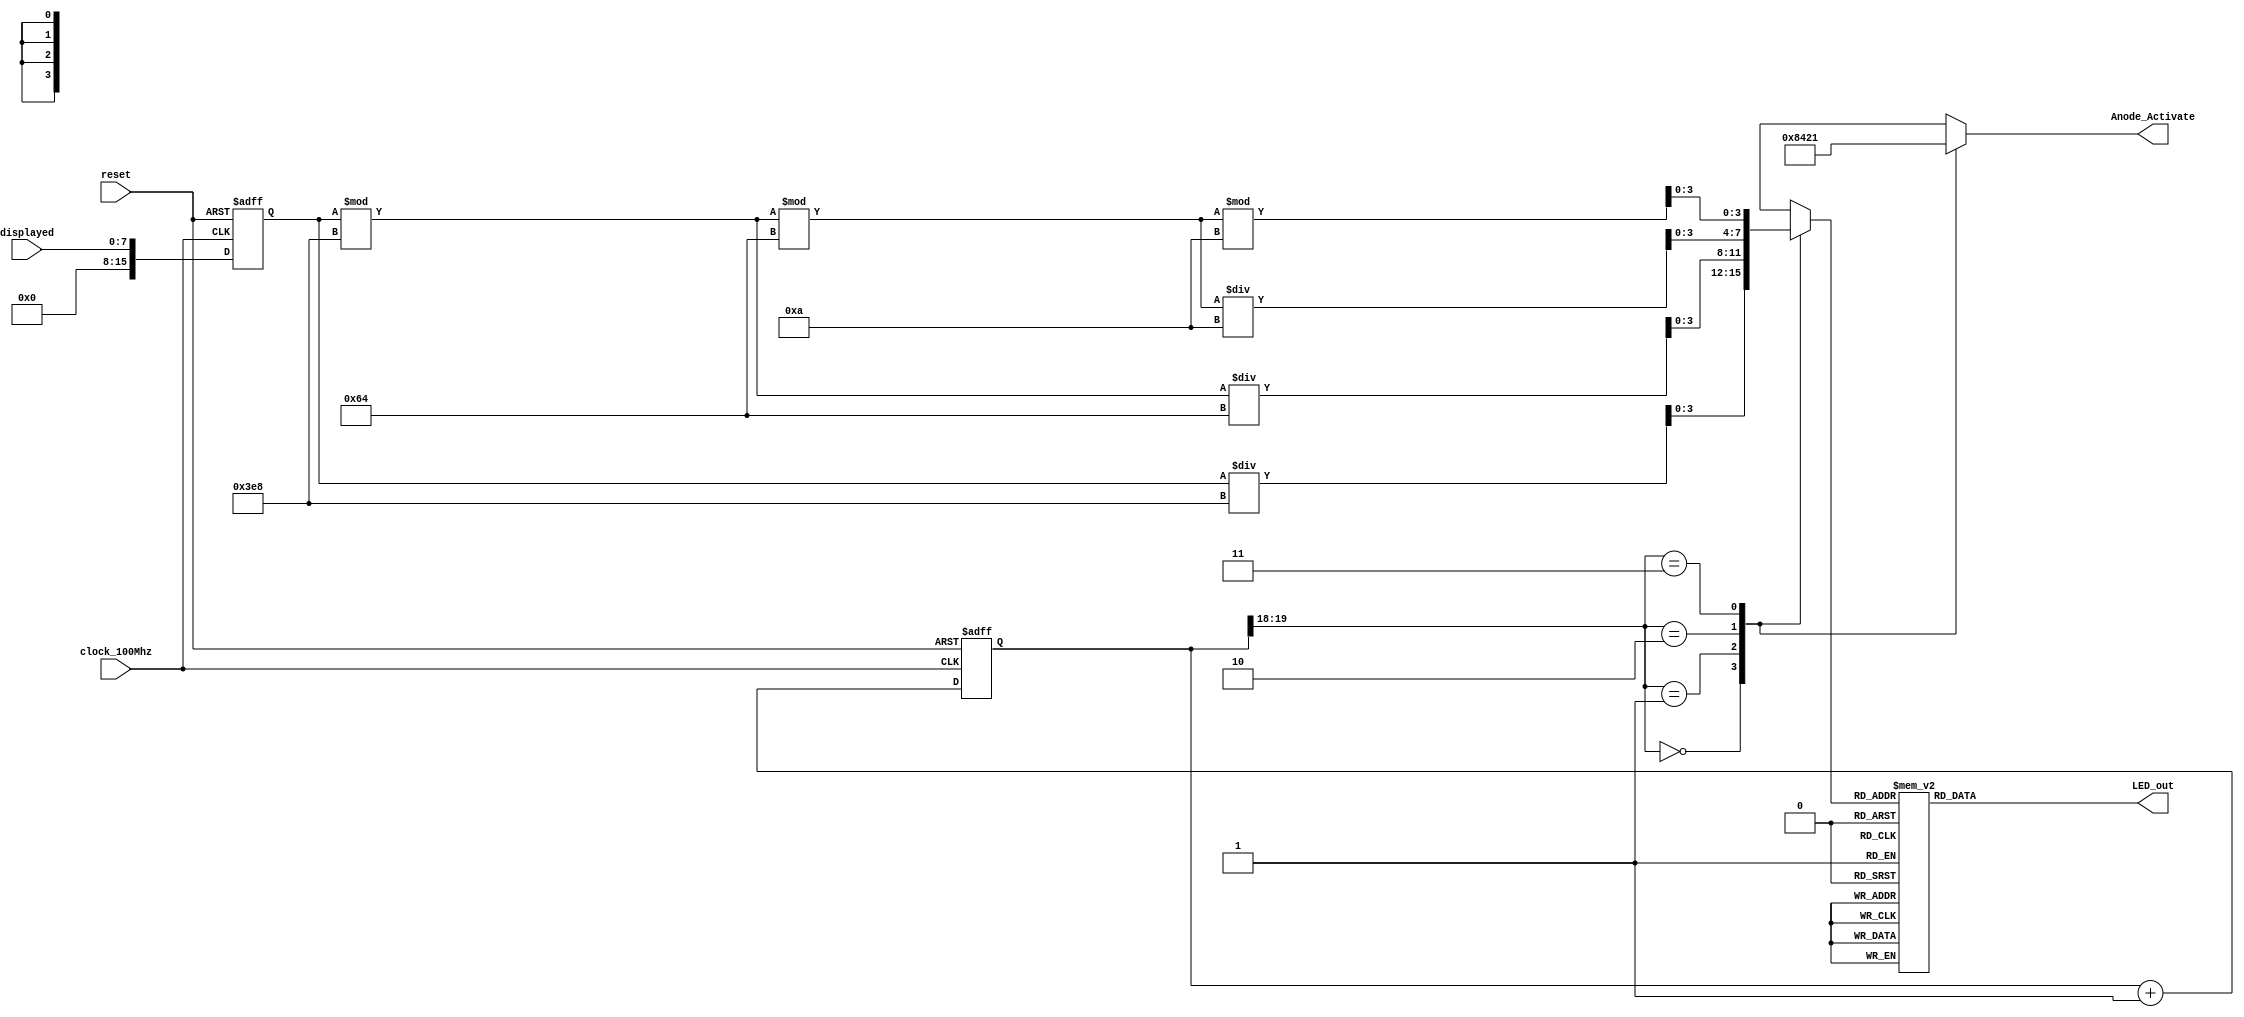

module segment_display(input clock_100Mhz,
		       input reset,
		       input [7:0] displayed,
		       output reg [3:0] Anode_Activate,
		       output reg [6:0] LED_out);

    reg [19:0] refresh_counter;
    reg [15:0] displayed_number;
    wire [1:0] LED_activating_counter;
    reg [3:0] LED_BCD;



    always @(posedge clock_100Mhz or posedge reset)
    begin
        if(reset==1)
            displayed_number <=0;
        else 
            displayed_number <= displayed;
    end
    always @(posedge clock_100Mhz or posedge reset)
    begin 
        if(reset==1)
            refresh_counter <= 0;
        else
            refresh_counter <= refresh_counter + 1;
    end   
    assign LED_activating_counter = refresh_counter[19:18];
    //assign LED_activating_counter = refresh_counter[1:0];
    always @(*)
    begin
        case(LED_activating_counter)
        2'b00:
            begin
            Anode_Activate = 4'b1000;
            LED_BCD = displayed_number/1000;
            end
        2'b01:
            begin
            Anode_Activate = 4'b0100;
            LED_BCD = (displayed_number % 1000)/100;
            end
        2'b10:
            begin
            Anode_Activate = 4'b0010;
            LED_BCD = ((displayed_number % 1000)%100)/10;
            end
        2'b11:
            begin
            Anode_Activate = 4'b0001;
            LED_BCD = ((displayed_number % 1000)%100)%10;
            end
        endcase
    end
    
    always @(*) // segment number control
    begin
        case(LED_BCD)
        4'b0000: LED_out = 7'b0111111; //0
        4'b0001: LED_out = 7'b0000110; //1
        4'b0010: LED_out = 7'b1011011; //2
        4'b0011: LED_out = 7'b1001111; //3
        4'b0100: LED_out = 7'b1100110; //4
        4'b0101: LED_out = 7'b1101101; //5
        4'b0110: LED_out = 7'b1111101; //6
        4'b0111: LED_out = 7'b0100111; //7
        4'b1000: LED_out = 7'b1111111; //8
        4'b1001: LED_out = 7'b1101111; //9
        default: LED_out = 7'b0111111; //0
        endcase
    end
endmodule